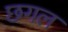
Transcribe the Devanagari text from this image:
छगल